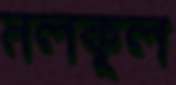
নলকূল